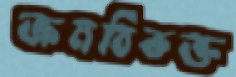
ক্রমবিভক্ত